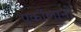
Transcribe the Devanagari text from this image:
एर्कोलानो